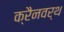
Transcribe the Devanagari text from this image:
क्रैनवर्थ